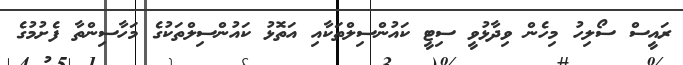
ރައީސް ސޯލިހު މިހެން ވިދާޅުވީ ސިޓީ ކައުންސިލްތަކާއި އަތޮޅު ކައުންސިލްތަކުގެ މަހާސިންތާ ފެށުމުގެ